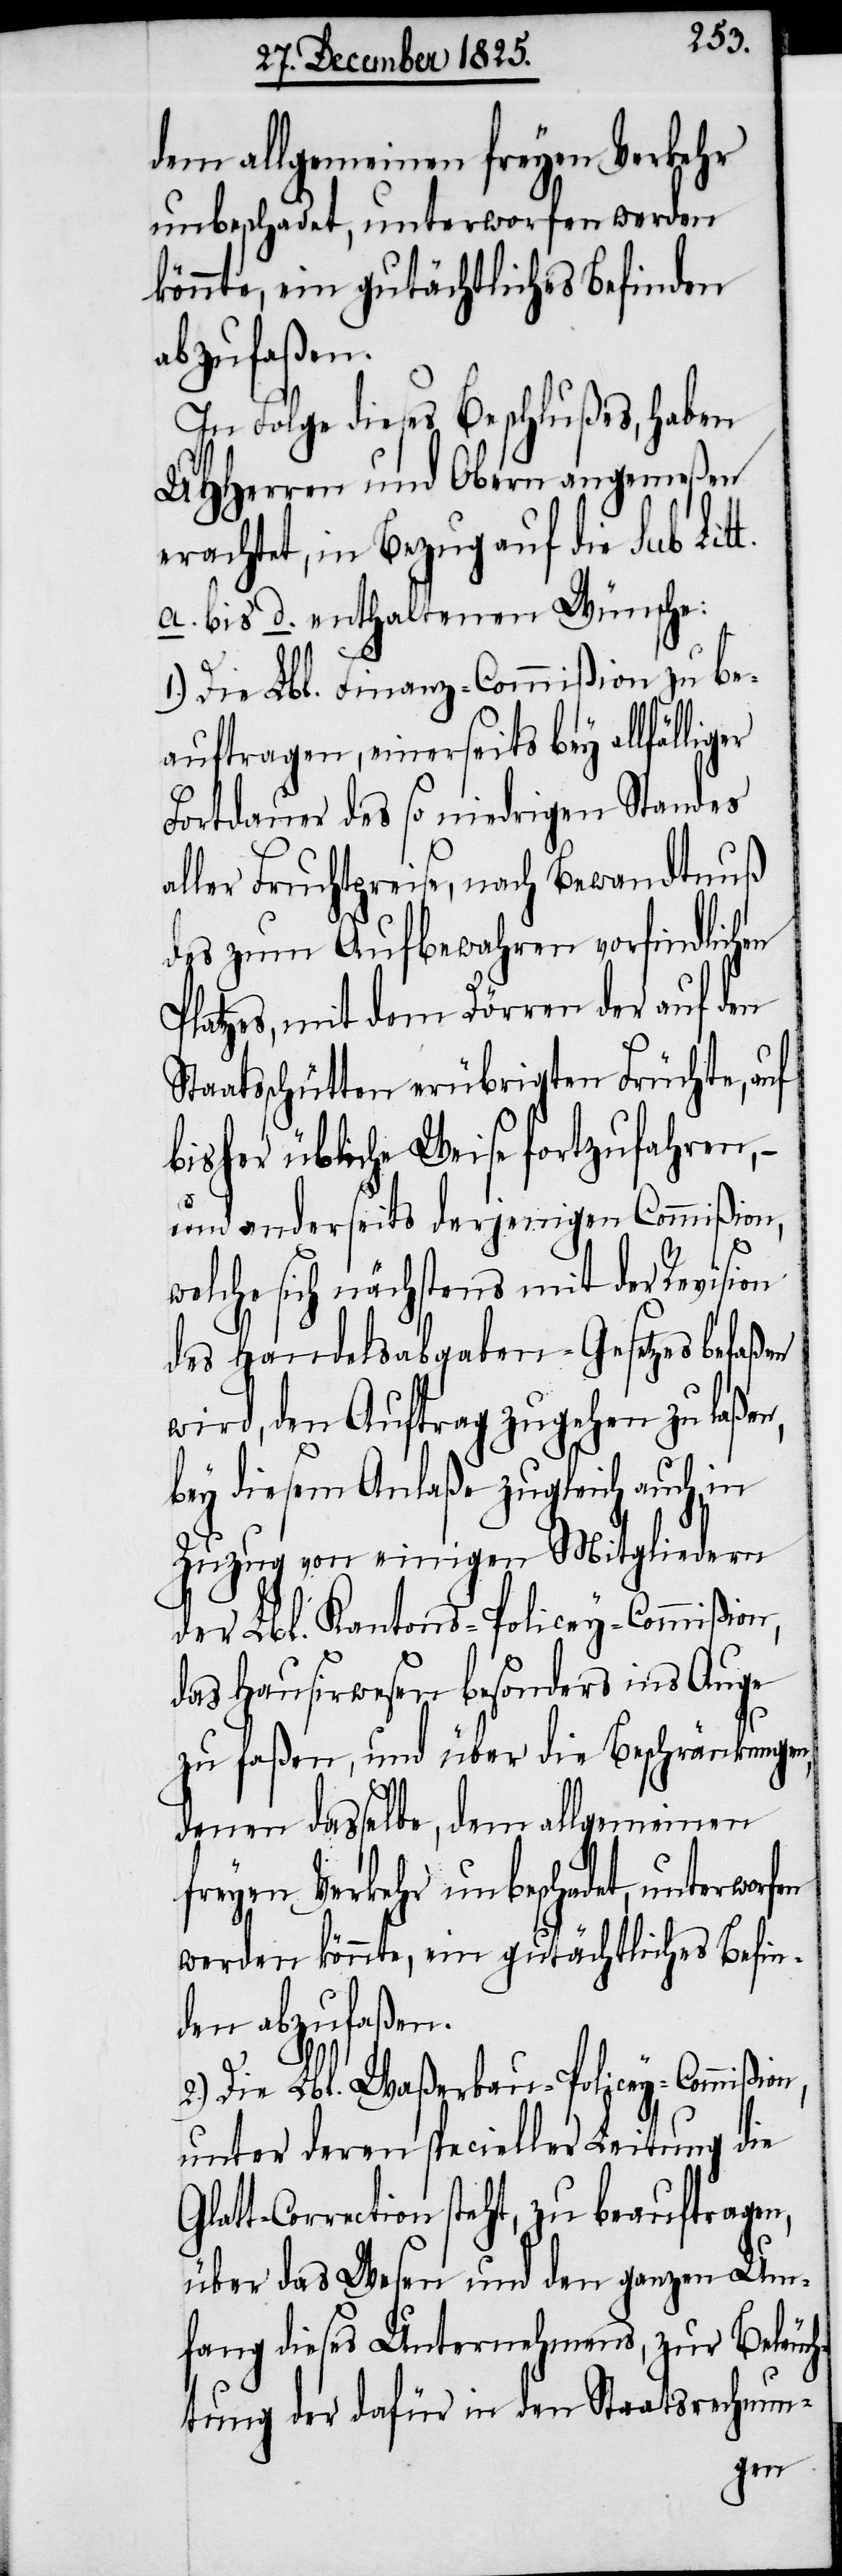
dem allgemeinen freyen Verkehr
unbeschadet, unterworfen werden
könnte, ein gutächtliches Befinden
abzufaßen.
In Folge dieses Beschlußes, haben
UHHerren und Obern angemeßen
erachtet, in Bezug auf die sub Litt.
a. bis d. enthaltenen Wünsche:
Die Lbl. Finanz-Commißion zu be¬
auftragen, einerseits bey allfälli¬
Fortdauer des so niedrigen Standes
aller Fruchtpreise, nach Bewandtnuß
des zum Aufbewahren vorfindlichen
Platzes, mit dem Dörren der auf den
Staatsschütten erübrigten Früchten, auf
bisher übliche Weise fortzufahren,
und anderseits derjenigen Commißion,
n,
welche sich nächstens mit der Revision
des Handelsabgaben-Gesetzes befaßen
wird, den Auftrag zugehen zu laßen,
bey diesem Anlaße zugleich auch in
Zuzug von einigen Mitgliedern
der Lbl. Kantons-Policey-Commißion,
des Hausirwesen besonders ins Auge
zu faßen, und über die Beschränkungen,
denen dasselbe, dem allgemeinen
freyen Verkehr unbeschadet, unterwor¬
werden könnte, ein gutächtliches Befin¬
den abzufaßen.
2.) Die Lbl. Waßerbau-Policey-Commißio¬
unter deren specieller Leitung die
Glatt-Correction steht, zu beauftragen,
über das Wesen und den ganzen Um¬
fang dieses Unternehmens, zur Beleuch¬
tung der dafür in den Staatsrechnun-
fen